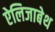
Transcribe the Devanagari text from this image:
ऐलिजाबेथ